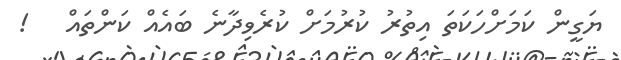
ޔަގީން ކަމަށްހަކަތަ އިތުރު ކުރުމަށް ކުރެވިދާނެ ބައެއް ކަންތައް   !